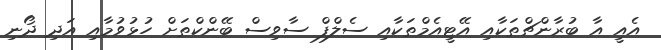
އެއީ އާ ބުރާންޗްތަކާއި އޭޓީއެމްތަކާއި ސެލްފް ސާވިސް ބޭންކްތަށް ހުޅުވުމާއި އަދި ދޯނި